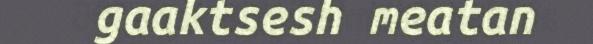
gaaktsesh meatan